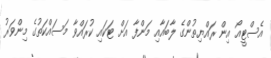
އެސްޓީއޯ އިން ރައްޔިތުންގެ ލާބައާއި މަންފާ އަށް ޓަކައި ކުރައްވާ މަސައްކަތުގެ މިންވަރު